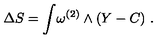
\Delta S = \int \! \omega ^ { ( 2 ) } \wedge ( Y - C ) \ .